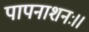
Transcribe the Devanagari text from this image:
पापनाशनः।।